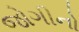
જોગીનો